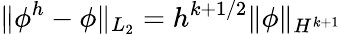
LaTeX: \| \phi^{h}-\phi\| _{L_{2}}=h^{k+1/2}\| \phi\| _{H^{k+1}}